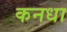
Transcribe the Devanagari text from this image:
कनधा